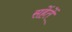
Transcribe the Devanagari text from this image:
सहेंतें